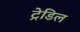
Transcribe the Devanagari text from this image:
ट्रेडिल